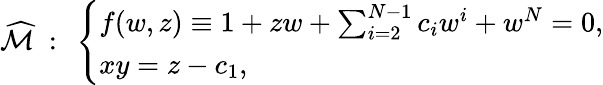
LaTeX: \widehat{{\cal M}}~:~\left\{ \begin{array}{l}{{f(w,z)\equiv 1+zw+\sum_{i=2}^{N-1}c_{i}w^{i}+w^{N}=0,}}\\ {{xy=z-c_{1},}}\end{array}\right.